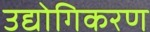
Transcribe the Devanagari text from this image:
उद्योगिकरण